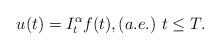
LaTeX: \begin{align*} u(t)=I_{t}^{\alpha}f(t), (a.e.)\, \, t\leq T. \end{align*}